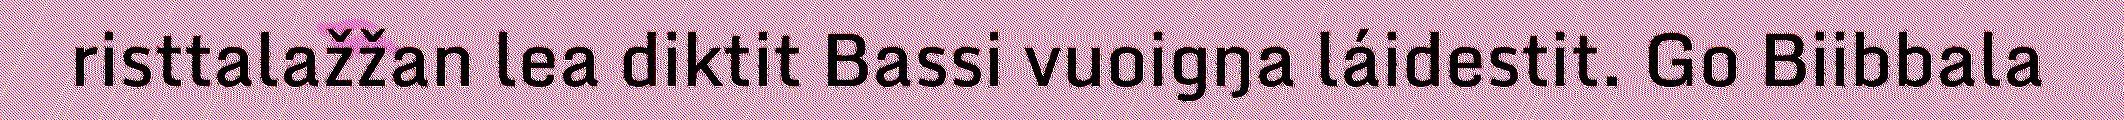
risttalažžan lea diktit Bassi vuoigŋa láidestit. Go Biibbala